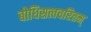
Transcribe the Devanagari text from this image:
बोधिसत्वचरितम्